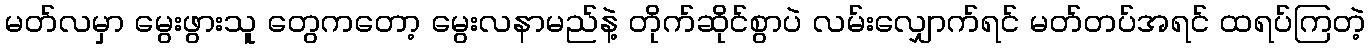
မတ်လမှာ မွေးဖွားသူ တွေကတော့ မွေးလနာမည်နဲ့ တိုက်ဆိုင်စွာပဲ လမ်းလျှောက်ရင် မတ်တပ်အရင် ထရပ်ကြတဲ့